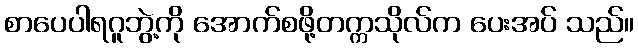
စာပေပါရဂူဘွဲ့ကို အောက်စဖို့တက္ကသိုလ်က ပေးအပ် သည်။